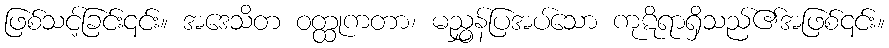
ဖြစ်သင့်ခြင်း၎င်း။ အဒေသိတ ဝတ္ထုကတာ၊ မညွှန်ပြအပ်သော ကုဋိရာရှိသည်၏အဖြစ်၎င်း။